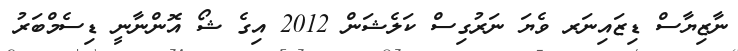
ނާޒިޔާސް ޑިޒައިނަރ ވެޔަ ނަރުގިސް ކަލެޝަން 2012 އިގެ ޝޯ އޮންނާނީ ޑިސެމްބަރު